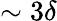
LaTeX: \sim 3\delta